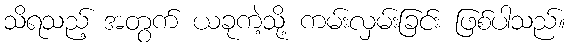
သိရသည့် အတွက် ယခုကဲ့သို့ ကမ်းလှမ်းခြင်း ဖြစ်ပါသည်။